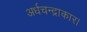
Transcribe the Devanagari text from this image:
अर्धचन्द्राकार।